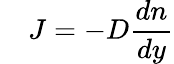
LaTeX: \quad J=-D{\frac{dn}{dy}}